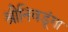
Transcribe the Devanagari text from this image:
श्रीनिवडूंगा